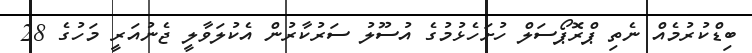
ބިޑްކުރުމެއް ނެތި ޕްރޮޮޕޯސަލް ހުށަހެޅުމުގެ އުސޫލު ސަރުކާރުން އެކުލަވާލީ ޖެނުއަރީ މަހުގެ 28